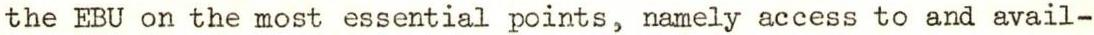
the EBU on the most essential points, namely access to and avail-